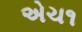
એચ૧